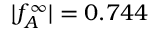
| f _ { A } ^ { \infty } | = 0 . 7 4 4